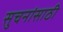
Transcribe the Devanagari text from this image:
सुचनांसाठी